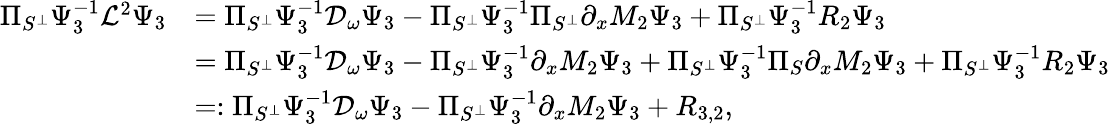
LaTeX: \begin{array}{rl}{\Pi_{S^{\perp}}\Psi_{3}^{-1}\mathcal{L}^{2}\Psi_{3}}&{=\Pi_{S^{\perp}}\Psi_{3}^{-1}\mathcal{D}_{\omega}\Psi_{3}-\Pi_{S^{\perp}}\Psi_{3}^{-1}\Pi_{S^{\perp}}\partial_{x}M_{2}\Psi_{3}+\Pi_{S^{\perp}}\Psi_{3}^{-1}R_{2}\Psi_{3}}\\ &{=\Pi_{S^{\perp}}\Psi_{3}^{-1}\mathcal{D}_{\omega}\Psi_{3}-\Pi_{S^{\perp}}\Psi_{3}^{-1}\partial_{x}M_{2}\Psi_{3}+\Pi_{S^{\perp}}\Psi_{3}^{-1}\Pi_{S}\partial_{x}M_{2}\Psi_{3}+\Pi_{S^{\perp}}\Psi_{3}^{-1}R_{2}\Psi_{3}}\\ &{=:\Pi_{S^{\perp}}\Psi_{3}^{-1}\mathcal{D}_{\omega}\Psi_{3}-\Pi_{S^{\perp}}\Psi_{3}^{-1}\partial_{x}M_{2}\Psi_{3}+R_{3,2},}\end{array}